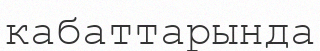
кабаттарында